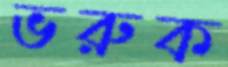
ভরুক